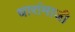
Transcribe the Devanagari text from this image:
धारांमाजी